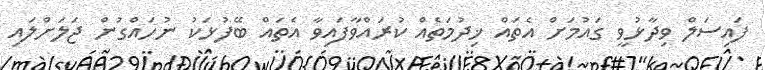
ފައިސަލް ވިދާޅުވީ ގައުމަށް އެތައް ޚިދުމަތެއް ކުރައްވާފައިވާ އެތައް ބޭފުޅަކު ނުހައްގުން ޖަލަށްލައި